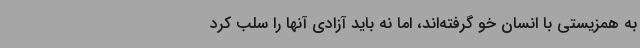
به همزیستی با انسان خو گرفته‌اند، اما نه باید آزادی آنها را سلب کرد